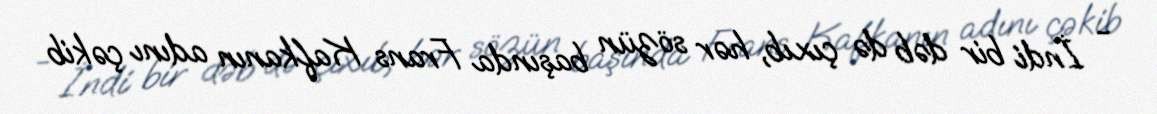
- İndi bir dəb də çıxıb, hər sözün başında Frans Kafkanın adını çəkib